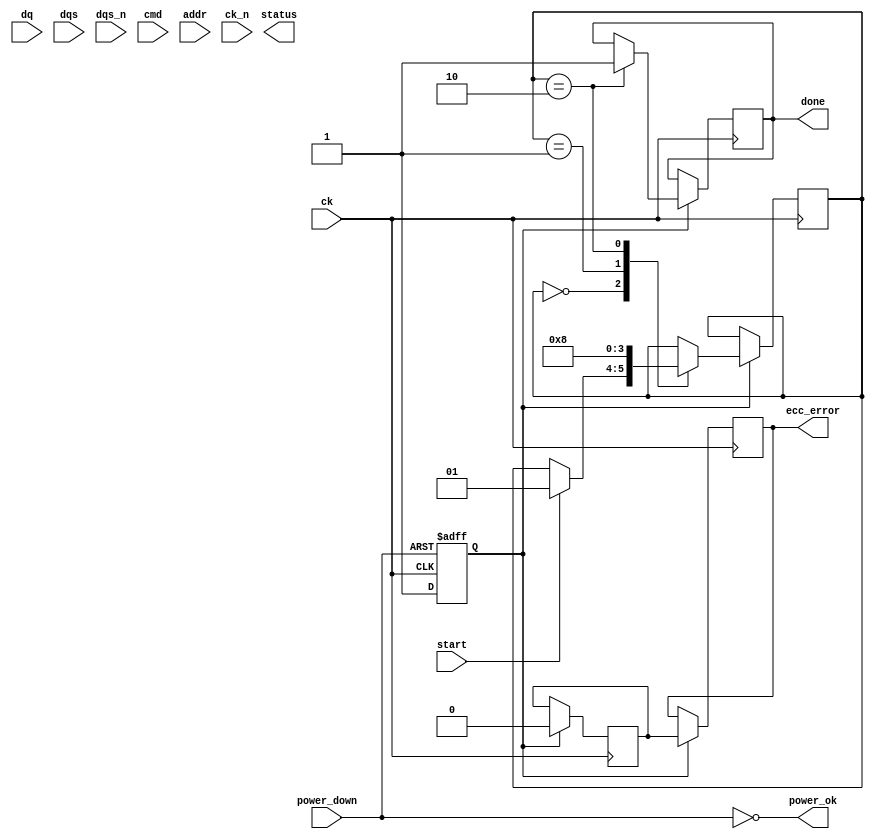
module gddr5_io_block (
    // I/O Interface
    input  wire [15:0] dq,        // Data lines (DQ)
    input  wire dqs,              // Strobe signal (DQS)
    input  wire dqs_n,            // Inverted strobe signal (DQS#)
    input  wire [7:0] cmd,        // Command lines (CMD)
    input  wire [15:0] addr,      // Address lines (ADDR)
    
    // Clock Management
    input  wire ck,               // Clock input (CK)
    input  wire ck_n,             // Inverted clock input (CK#)
    
    // Power Management
    input  wire power_down,       // Power down signal
    output wire power_ok,         // Power status signal
    
    // Error Detection and Correction
    output wire ecc_error,        // ECC error signal
    output wire status,           // Status signal
    
    // Control Logic
    input  wire start,            // Start signal for operations
    output wire done              // Done signal for operations
);

// Internal signals
reg [15:0] data_buffer;          // Data buffer
reg [7:0] command_reg;           // Command register
reg [15:0] address_reg;          // Address register
reg clk_enable;                  // Clock enable signal
reg [1:0] state;                 // State machine state
reg ecc_check;                   // ECC check signal

// State machine states
localparam IDLE = 2'b00,
           READ = 2'b01,
           WRITE = 2'b10;

// Clock gating logic
always @(posedge ck or negedge power_down) begin
    if (!power_down) begin
        clk_enable <= 1'b0;
    end else begin
        clk_enable <= 1'b1;
    end
end

// State machine for control logic
always @(posedge ck) begin
    if (clk_enable) begin
        case (state)
            IDLE: begin
                if (start) begin
                    state <= READ; // Transition to READ state
                end
            end
            READ: begin
                // Read operation logic
                data_buffer <= dq; // Capture data
                command_reg <= cmd; // Capture command
                address_reg <= addr; // Capture address
                state <= WRITE; // Transition to WRITE state
            end
            WRITE: begin
                // Write operation logic
                // (Assuming some write logic here)
                done <= 1'b1; // Indicate operation done
                state <= IDLE; // Transition back to IDLE
            end
        endcase
    end
end

// ECC error detection logic (simplified)
always @(posedge ck) begin
    if (clk_enable) begin
        // Placeholder for ECC logic
        ecc_check <= 1'b0; // Assume no error for simplicity
        ecc_error <= ecc_check; // Output ECC error status
    end
end

// Power management logic
assign power_ok = !power_down; // Power status output

endmodule